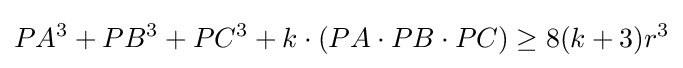
PA^{3}+PB^{3}+PC^{3}+k\cdot (PA\cdot PB\cdot PC)\geq 8(k+3)r^{3}